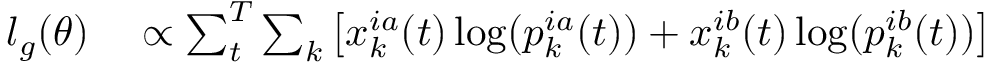
\begin{array} { r l } { l _ { g } ( \theta ) } & { { } \propto \sum _ { t } ^ { T } \sum _ { k } \left[ x _ { k } ^ { i a } ( t ) \log ( p _ { k } ^ { i a } ( t ) ) + x _ { k } ^ { i b } ( t ) \log ( p _ { k } ^ { i b } ( t ) ) \right] } \end{array}